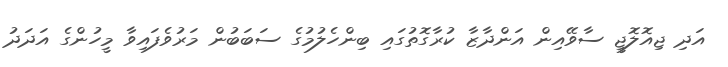
އަދި ޖިއޮލޮޖީ ސާވޭއިން އަންދާޒާ ކުރާގޮތުގައި ބިންހެލުމުގެ ސަބަބުން މަރުވެފައިވާ މީހުންގެ އަދަދު